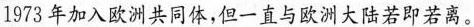
1973年加入欧洲共同体，但一直与欧洲大陆若即若离。